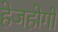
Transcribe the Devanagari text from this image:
हेजहोगों